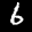
Label: 6